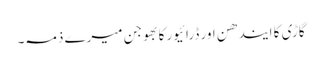
گاڑی کا ایندھن اور ڈرائیورکا بھوجن میرے ذمہ۔